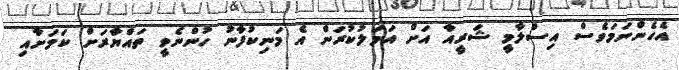
އެހެންނަމަވެސް އިސްލާމީ ޝަރީއާ އަށް އަމަލުކުރަން އެ މަނިކުފާނު ހުންނެވީ ތައްޔާރަށް ކަމަށާއި